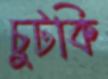
চুটকি